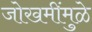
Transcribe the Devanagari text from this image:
जोखमींमुळे